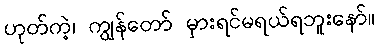
ဟုတ်ကဲ့၊ ကျွန်တော် မှားရင်မရယ်ရဘူးနော်။